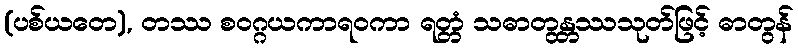
(ပစ်ယတေ), တဿ စဝဂ္ဂယကာရဝကာ ရတ္တံ သဓာတွန္တဿသုတ်ဖြင့် ဓာတွန်